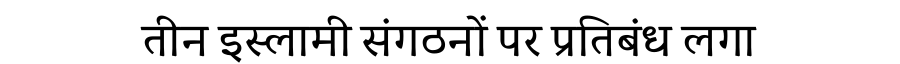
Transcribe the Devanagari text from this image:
तीन इस्लामी संगठनों पर प्रतिबंध लगा